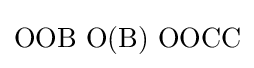
\mathrm {OOB\,\,O(B)\,\,OOCC}